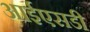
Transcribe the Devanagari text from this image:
आईएसडी